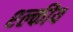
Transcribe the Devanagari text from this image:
श्ल्कीय